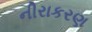
નીરાકરણ